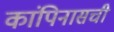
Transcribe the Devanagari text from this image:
कांपिनासची